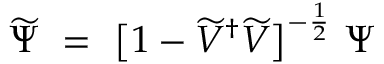
\widetilde \Psi \ = \ \big [ 1 - \widetilde V ^ { \dagger } \widetilde V \big ] ^ { - \frac { 1 } { 2 } } \ \Psi